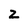
Character: z